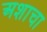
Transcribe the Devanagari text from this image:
अशाचा